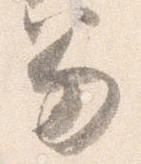
笏